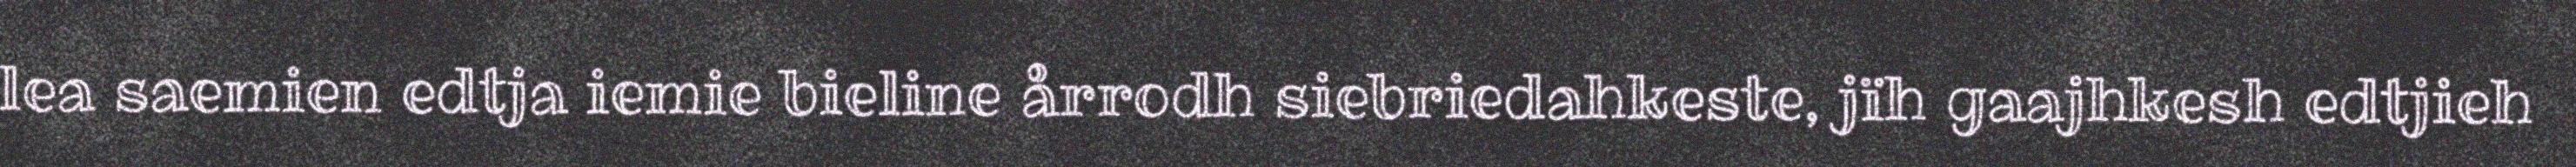
lea saemien edtja iemie bieline årrodh siebriedahkeste, jïh gaajhkesh edtjieh